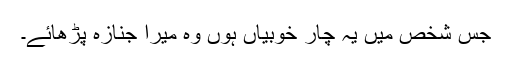
جس شخص میں یہ چار خوبیاں ہوں وہ میرا جنازہ پڑھائے۔